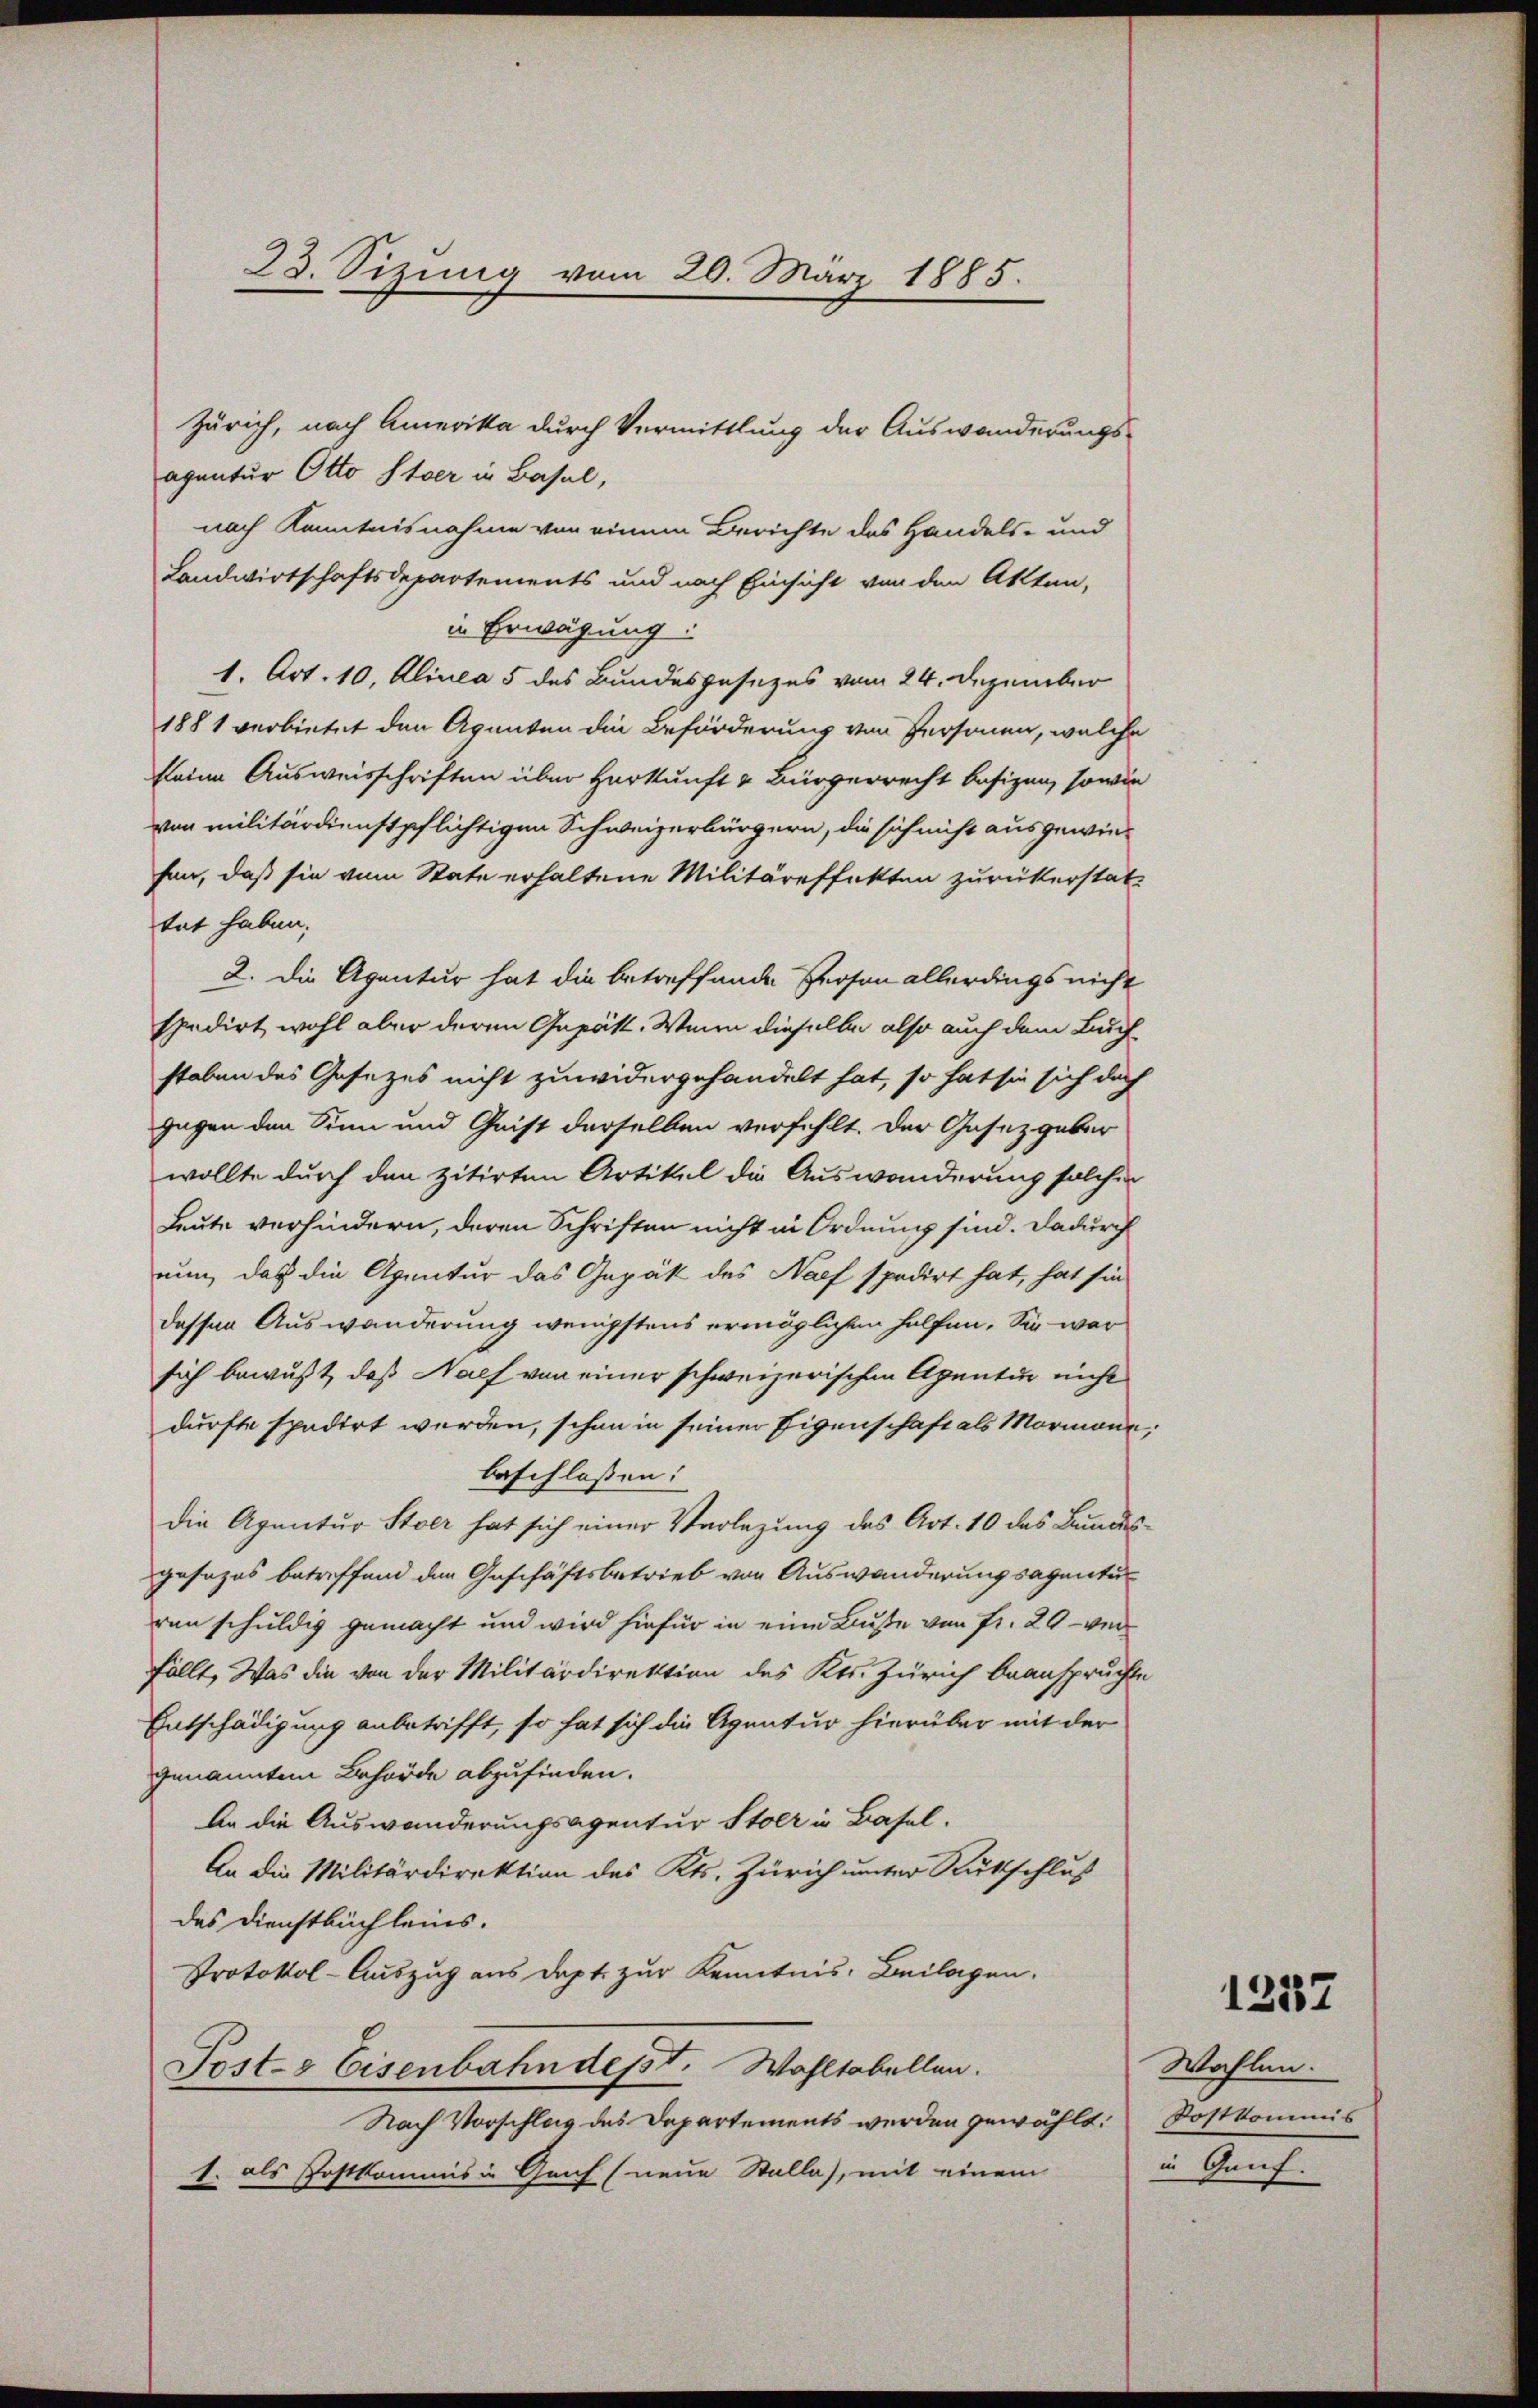
23. Sizung vom 20. März 1885.

Zürich, nach Amerika durch Vermittlung der Auswanderungsagantur Otto Stoer in Basel,
nach Kenntnisnahme von einem Berichte des Handels- und
Landwirtschaftsdepartements und nach Einsicht von den Akten,
in Erwägung:
1. Art. 10, Alinea 5 des Bundesgesezes vom 24. Dezember
1881 verbietet den Agenten die Beförderung von Personen, welche
keine Ausweisschriften über Herkunft & Bürgerrecht besizen, sowie
von militärdienstpflichtigen Schweizerbürgern, die sich nicht ausgewiefen, daß sie vom State erhaltene Militäreffekten zurückerstat-
tat haben;
2. Die Agentur hat die betreffende Person allerdings nicht
spedirt wohl aber deren Gesätt. Wenn dieselbe also auch dem Buch-
staben des Gesetzes nicht zuwidergehandelt hat, so hat sie sich doch
gegen den Sinn und Geist derselben verfehlt. Der Gesetzgeber
wollte durch den zitirten Artikel die Auswanderung solcher
Leute verhindern, deren Schriften nicht in Ordnung sind. Dadurch
nun, das die Agentur das Gepäk des Nach spedirt hat, hat sie
dessen Auswanderung wenigstens ermöglichen helfen. Sie war
sich bewußt, daß Nach von einer schweizerischen Agentu nicht
durfte spadirt werden, schon in seiner Eigenschaft als Mormann,
beschlossen:
die Agnatur Stoer hat sich einer Verlegung des Art. 10 das Bundesgesezes betreffend den Geschäftsbetrieb von Auswanderungsagentu
ren schuldig gemacht und wird hiefür in eine Buße von Fr. 20 - verfällt. Was die von der Militärdirektion des Kts. Zürich beanspruchte
Entschädigung anbetrifft, so hat sich die Agnatur hierüber mit der
genannten Behörde abzufinden.
An die Auswanderungsagentur Stolz in Basel.
An die Militärdirektion des Kts. Zürich unter Rutschluß
des Dienstbuchleins.
Protokol-Auszug aus dept. zur Kenntnis: Beilagen.
Post- & Eisenbahn desst. Wahltabellen.
Nach Vorschlag des Departements werden gewählt:
1. als Postkommis in Genf (neue Stalla), mit einem in Genf.

1237

Wahlen.
Postkommis